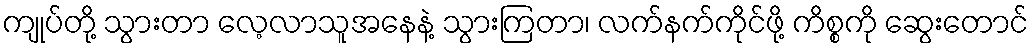
ကျုပ်တို့ သွားတာ လေ့လာသူအနေနဲ့ သွားကြတာ၊ လက်နက်ကိုင်ဖို့ ကိစ္စကို ဆွေးတောင်